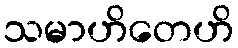
သမာဟိတေဟိ